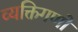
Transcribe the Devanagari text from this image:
व्यक्तिगणों